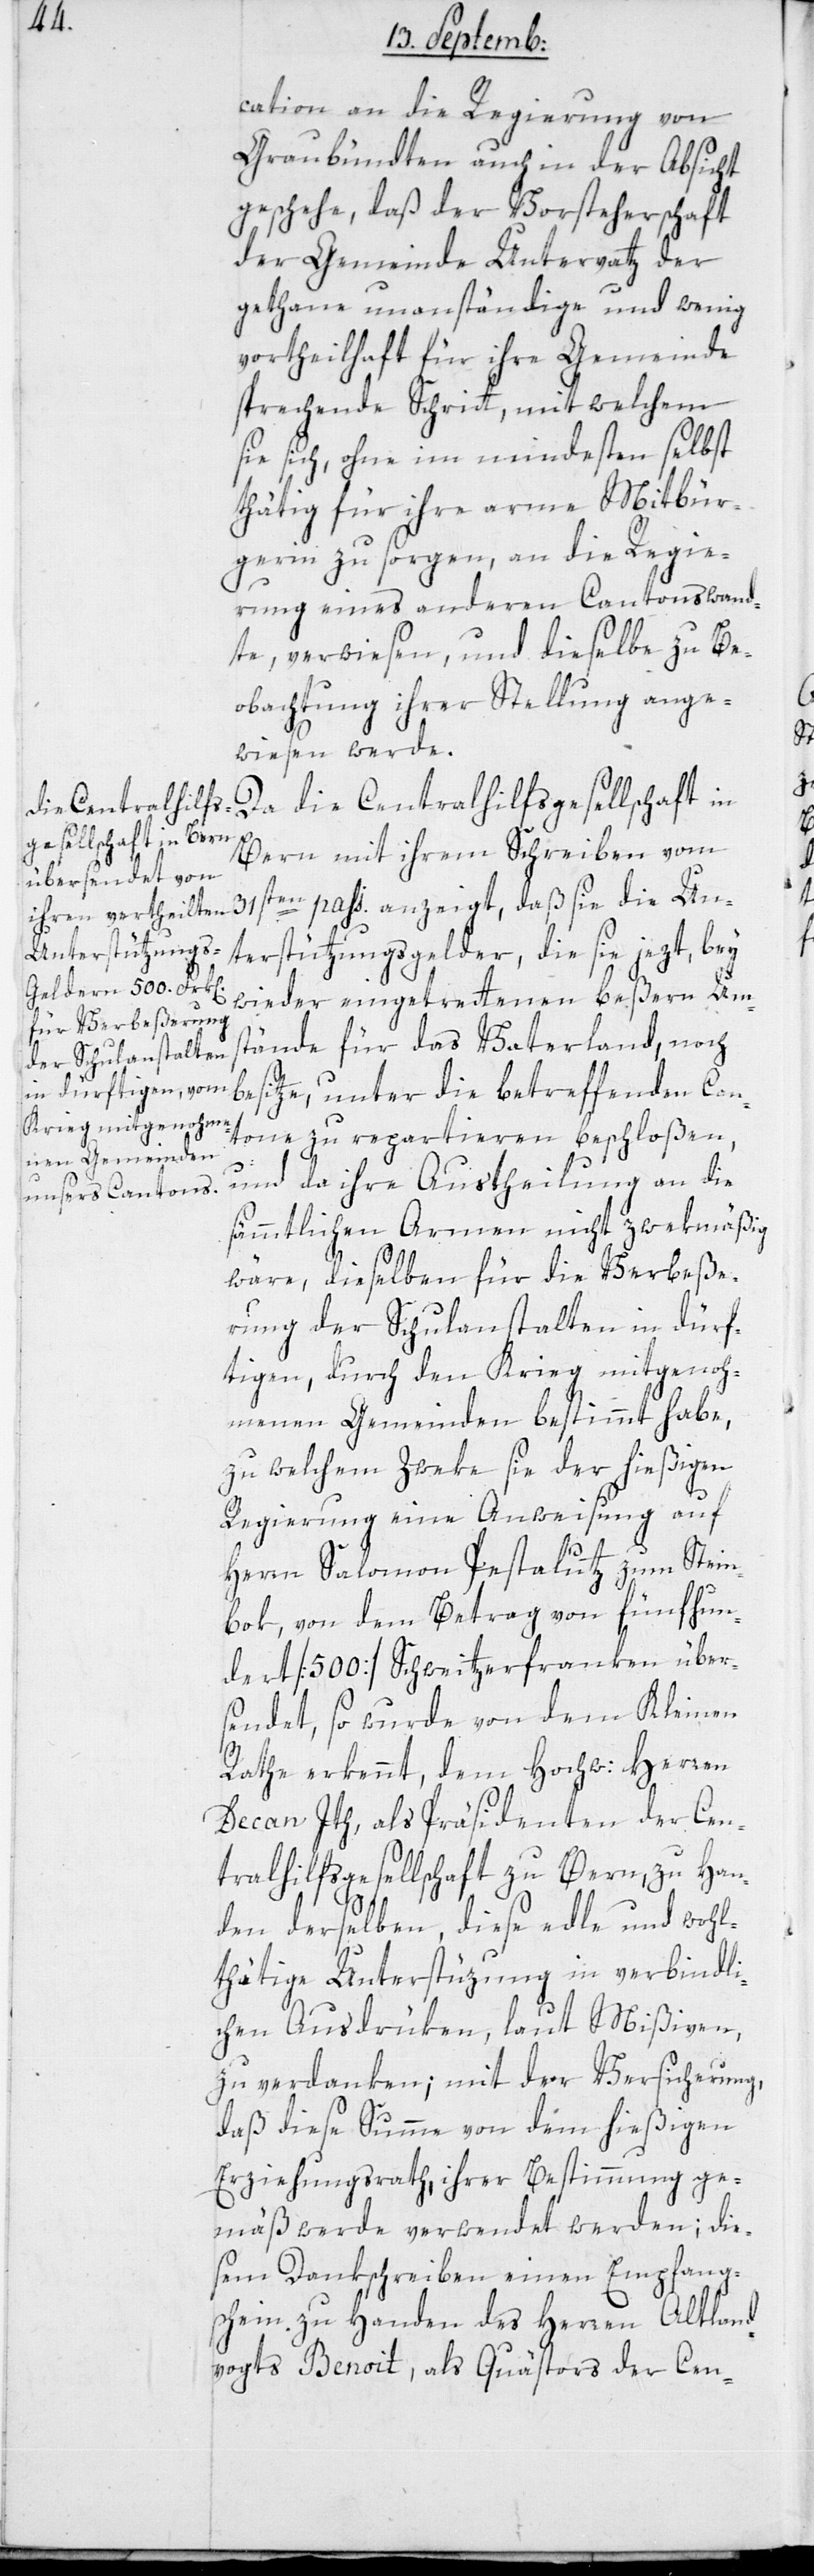
cation an die Regierung von
Graubündten auch in der Absicht
geschehe, daß der Vorsteherschaft
der Gemeinde Untervaz der
gethane unanständige und wenig
vortheilhaft für ihre Gemeinde
sprechende Schritt, mit welchem
sie sich, ohne im mindesten selbst
thätig für ihre arme Mitbür¬
gerin zu sorgen, an die Regie¬
rung eines anderen Cantons wand¬
te, verwiesen, und dieselbe zu Be¬
obachtung ihrer Stellung ange¬
wiesen werde.
Da die Centralhilfsgesellschaft in
Bern mit ihrem Schreiben vom
31sten pass: anzeigt, daß sie die Un¬
terstützungsgelder, die sie jezt, bey
wieder eingetrettenen beßern Ums¬
tände für das Vaterland, noch
besitze, unter die betreffenden Can¬
tone zu repartieren beschloßen,
und da ihre Austheilung an die
sämmtlichen Armen nicht zwekmäßig
wäre, dieselben für die Verbeße¬
rung der Schulanstalten in dürf¬
tigen, durch den Krieg mitgenoh¬
menen Gemeinden bestimmt habe,
zu welchem Zweke sie der hießigen
Regierung eine Anweisung auf
Herrn Salomon Petaluz zum Stein¬
bok, von dem Betrag von fünfhun¬
dert [500] Schweitzerfranken über¬
sendet, so wurde von dem Kleinen
Rathe erkennt, dem Hochw: Herren
Decan Ith, als Präsidenten der Cen¬
tralhilfsgesellschaft zu Bern, zu Han¬
den derselben, diese edle und wohl¬
thätige Unterstützung in verbindli¬
chen Ausdrüken, laut Mißiven,
zu verdanken, mit der Versicherung,
daß diese Summe von dem hießigen
Erziehungsrath, ihrer Bestimmung ge¬
mäß werde verwendet werden; die¬
sem Dankschreiben einen Empfang¬
schein zu Handen des Herren Altland¬
vogts Benoit, als Quästor der Cen-